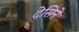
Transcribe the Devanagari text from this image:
देसिने